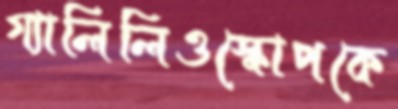
গ্যালিলিওস্কোপকে